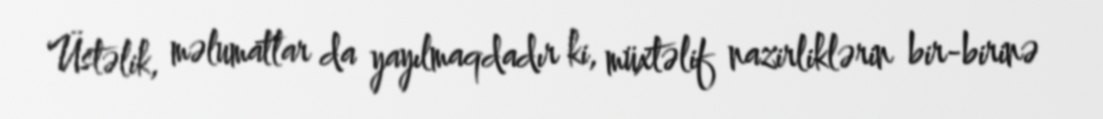
Üstəlik, məlumatlar da yayılmaqdadır ki, müxtəlif nazirliklərin bir-birinə